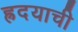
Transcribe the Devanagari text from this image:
ह्रदयाची